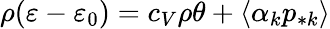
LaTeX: \rho(\varepsilon-\varepsilon_{0})=c_{V}\rho\theta+\langle\alpha_{k}p_{*k}\rangle